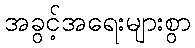
အခွင့်အရေးများစွာ